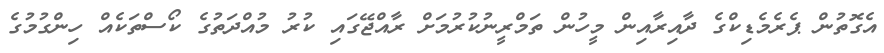
އެގޮތުން ޕެރެމެޑިކްގެ ދާއިރާއިން މީހުން ތަމްރީނުކުރުމަށް ރާއްޖޭގައި ކުރު މުއްދަތުގެ ކޯސްތަކެއް ހިންގުމުގެ